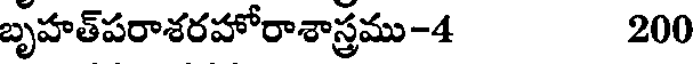
బృహత్పరాశరహోరాశాస్త్రము-4 200